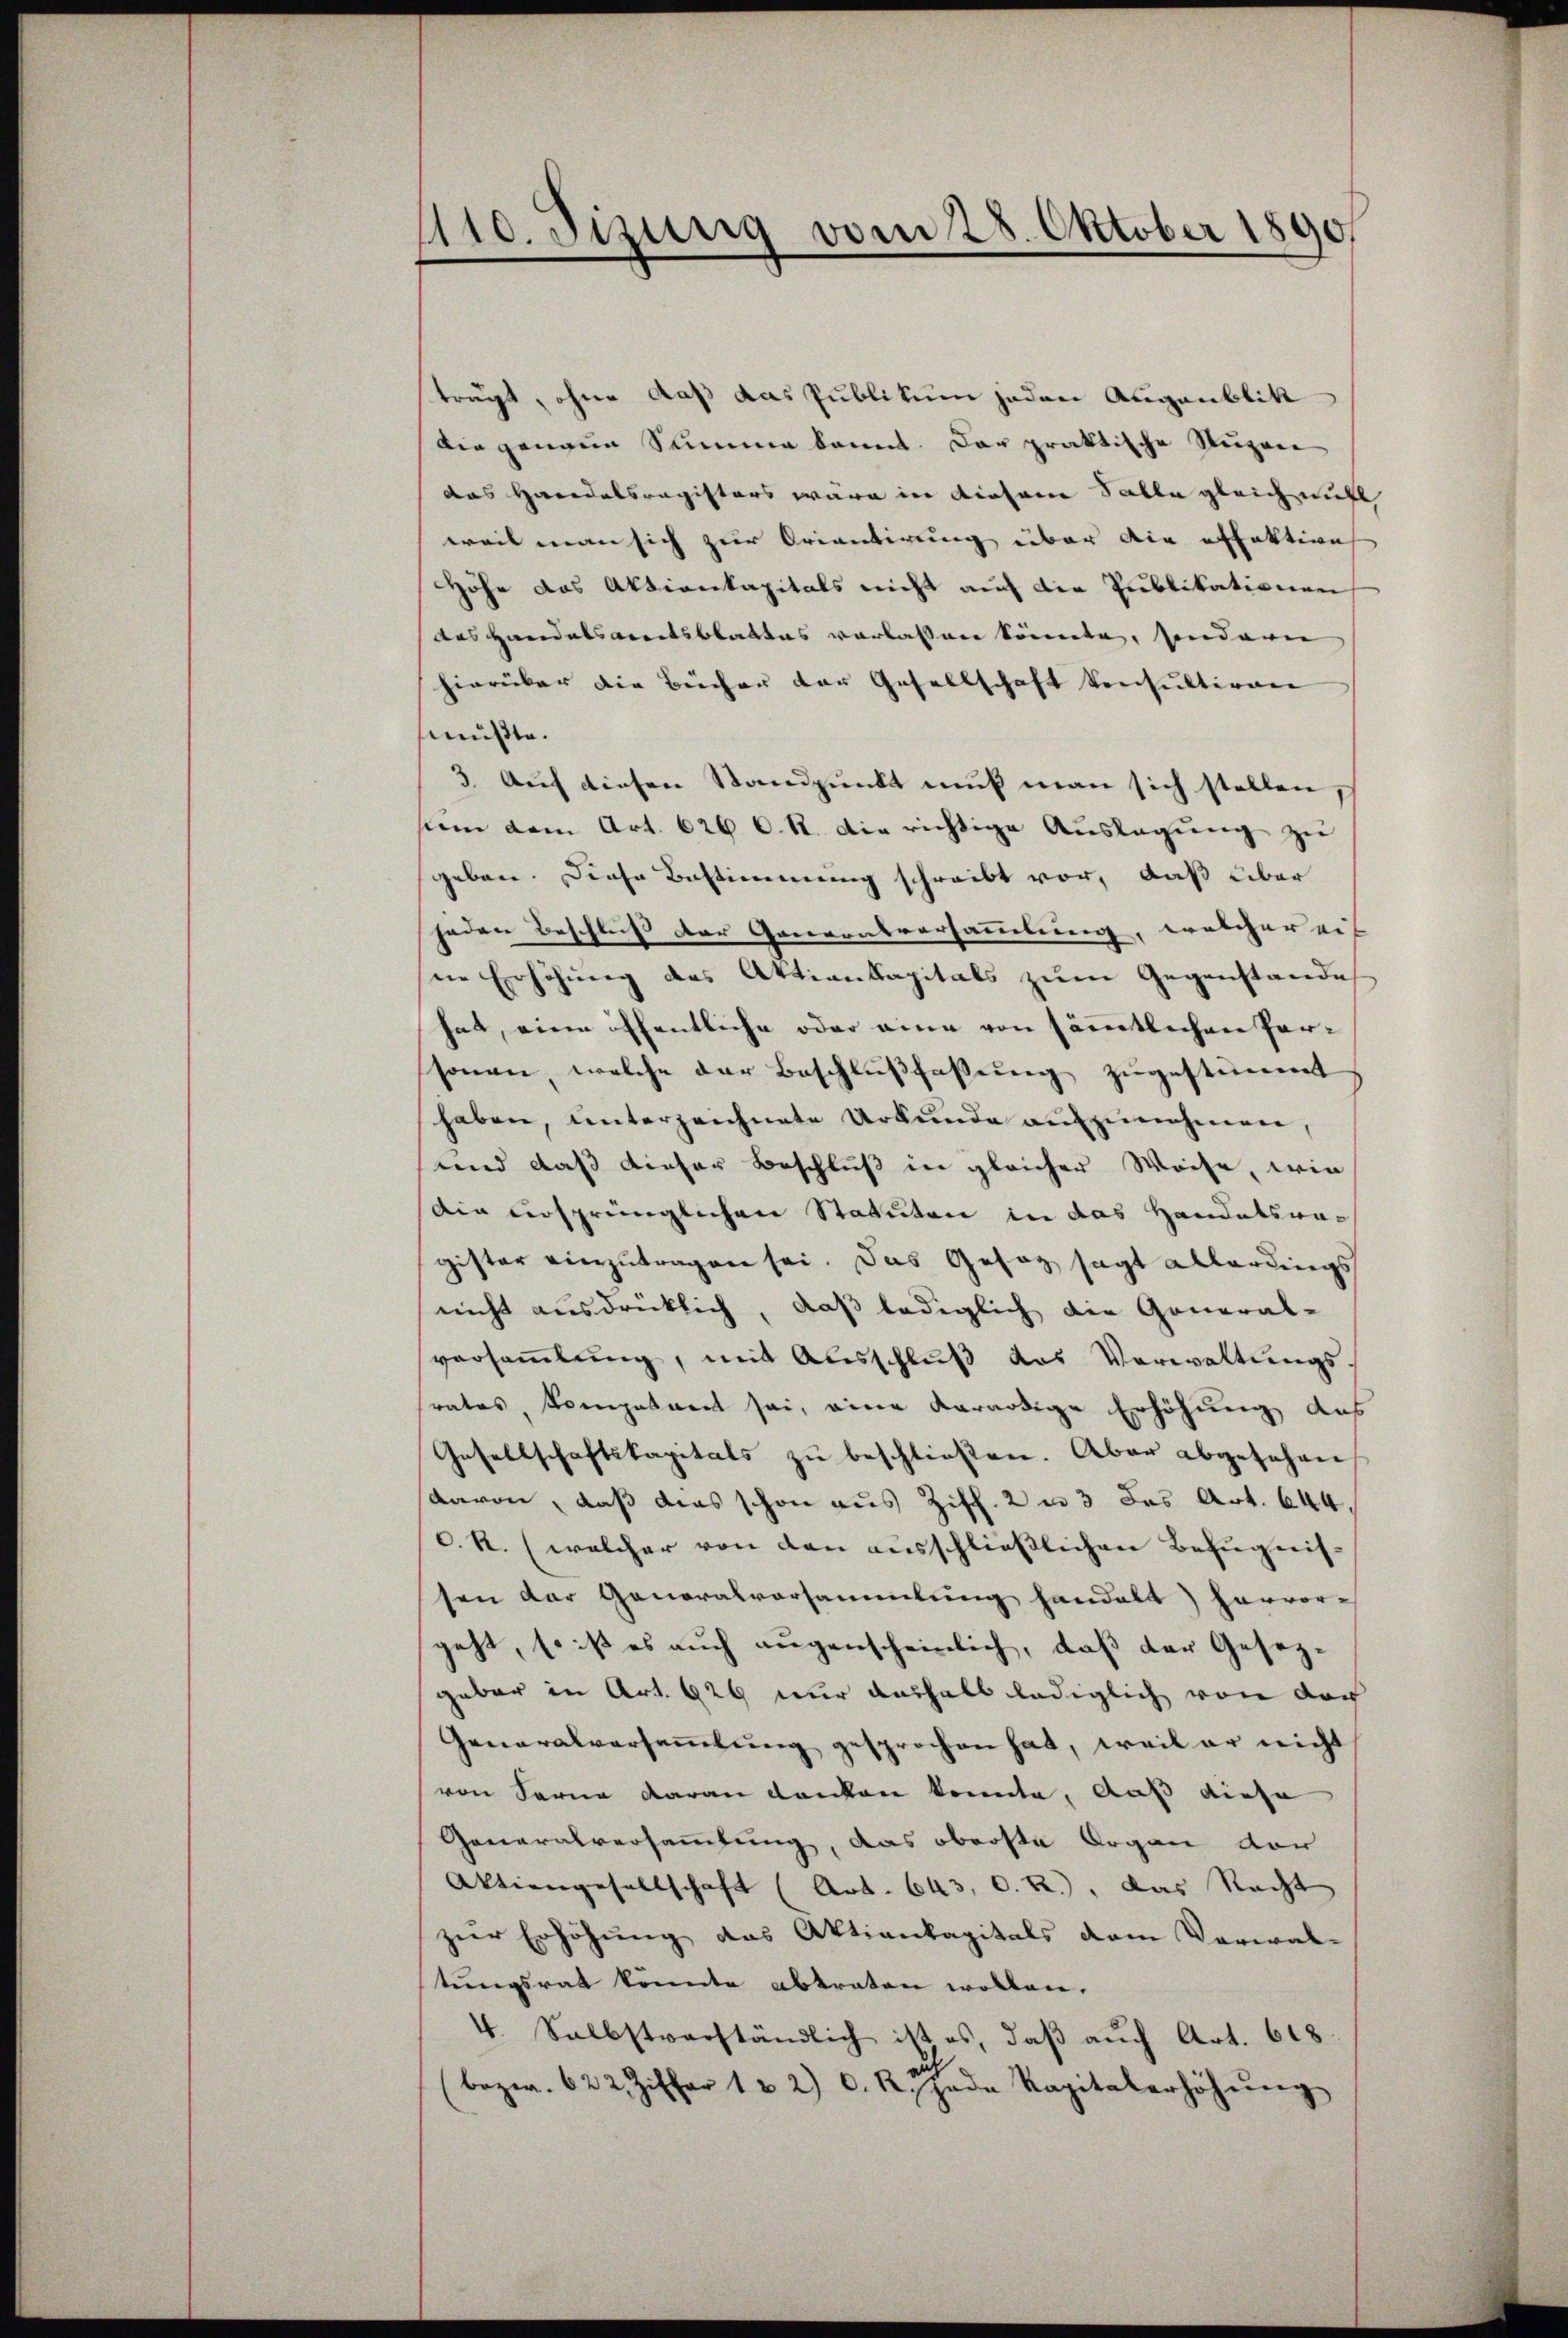
110. Jizung vom 28. Oktober 1890

trägt, ohne daß das Publikum jeden Augenblik
Die genaue Summe kannt. Dar praktische Stuzen
das Herodelsregisters wäre in diesene Salle gleich nicht
weil man sich zur Orientirung über die offektion
Höhe das Aktienkapitals nicht auch die Publikationen
das Handalstreitsblattes verlassen könnte, sondern
hierüber die Bücher der Gesellschaft konsultiren |
müßte.
3. Auf diesen Standpunkt muß man sich stellen,
sien vom Art. 626 C. R. Die richtige Auslagung zu
geben. Diese Bestimmung schreibt vor, daß über
jeden Beschluß der Ganzentversammlung, welcher eis
ie Erhöhung des Aktienkapitals zum Gegenstande
hat, eine öffentliche oder eine von sämmtlichen Parsonen, welche der Beschlußfassung zugestimmt
haben, unterzeichnete Urkunde aufzunehmen,
und daß dieser Beschluß in gleicher Weise, wie
Ain ursprünglichen Statuten in das Handelswa-
gister einzutragen sei. Das Gesetz sagt allerdings
nicht ausdrücklich, daß lediglich die General-
versammlung, mit Ausschluß das Verwaltungs-
rates, komposant sei, eine verardige Erhöhung aus
Gesellschaftskapitals zu beschließen. Aber abgesehen
davon, daß dies schon aus Ziff. 2 u 3 des Art. 644.
c. R. (welcher von den ausschließlichen Befugnissen der Generalvorsammlung handelt) hervor-
geht, so ist es auch augenscheinlich, daß der Gesezgebar in Art. 926 nur aushalb lediglich von doch
Generalversammlung gesprochen hat, weil er nicht
von Ferne daran danken konnte, daß diese
Generalversammlung, das oberste Organ von
Aktiengesellschaft (Art. 643, C. R.), das Recht
zur Erhöhung das Aktienkapitals dem Verwal-
tungsrat könnte abtraten wollen.
4. Selbstverständlich ist es, daß auch Art. 618.
bezw. 622 Ziffer 1 u 2) C. R. Jede Kapitalerhöhŭng